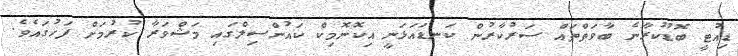
ޑިއުޓީ ބޮޑުކުރާނެ ބާވަތްތައް ސަރުކާރުން ކަނޑައަޅަނީ އިކޮނޮމިކް ކައުންސިލްގައި މަޝްވަރާ ކުރުމަށް ފަހުގައެވެ.